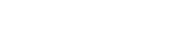
မြရေ၊ ဘာ စားမလဲ။